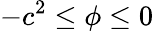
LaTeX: -c^{2}\leq\phi\leq 0